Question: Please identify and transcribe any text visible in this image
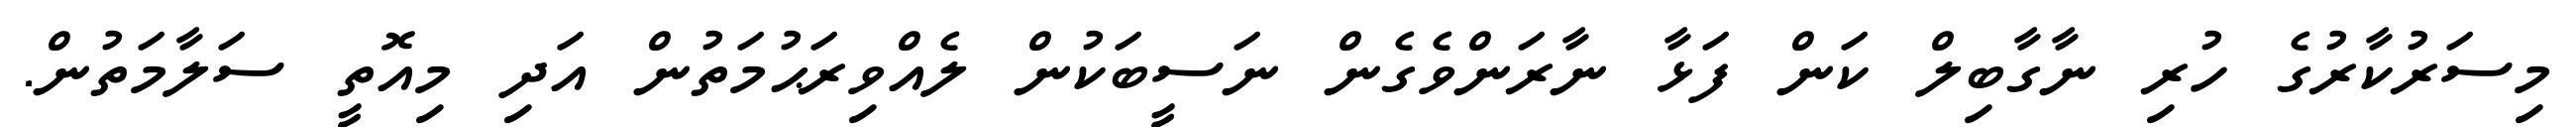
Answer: މިސަރުކާރުގެ ހުރި ނާގާބިލް ކަން ފަޅާ ނާރަންވެގެން ނަސީބަކުން ލެއްވިރަޙުމަތުން އަދި މިއޮތީ ސަލާމަތުން.